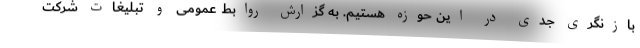
بازنگری جدی در این حوزه هستیم. به گزارش روابط عمومی و تبلیغات شرکت